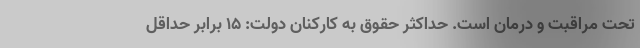
تحت مراقبت و درمان است. حداکثر حقوق به کارکنان دولت: 15 برابر حداقل